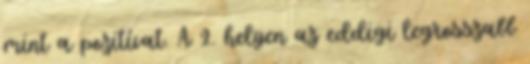
mint a pozitívat. A 2. helyen az eddigi legrosszabb